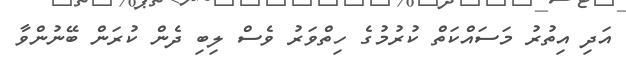
އަދި އިތުރު މަސައްކަތް ކުރުމުގެ ހިތްވަރު ވެސް ލިބި ދެން ކުރަން ބޭނުންވާ